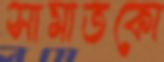
সামাতকো